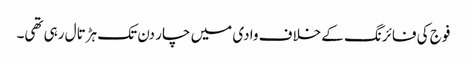
فوج کی فائرنگ کے خلاف وادی میں چار دن تک ہڑتال رہی تھی۔